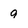
Character: 9